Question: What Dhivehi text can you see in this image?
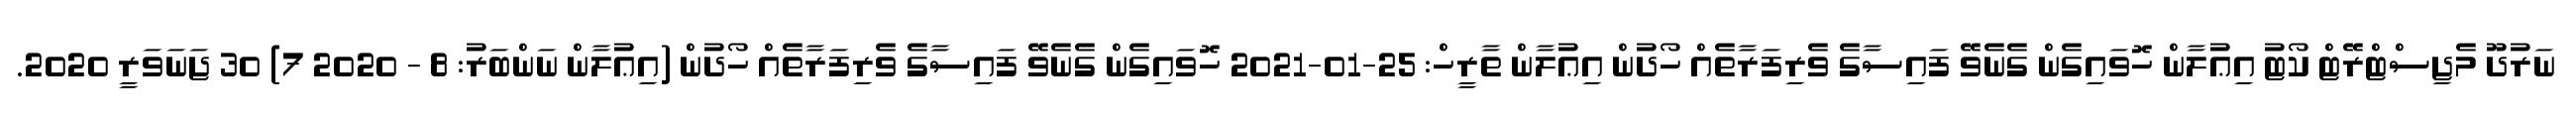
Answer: ނަރުދޫ މެޖިސްޓްރޭޓް ކޯޓު އިޢުލާން ހޮވައިގެން ގެނެވޭ ފައިސާގެ ވެރިފަރާތެއް ހޯދުން އިޢުލާން ތާރީހް: 25-01-2021 ހޮވައިގެން ގެނެވޭ ފައިސާގެ ވެރިފަރާތެއް ހޯދުން (އިޢުލާން ނަންބަރު: 8 - 2020 7) 30 ޖަނަވަރީ 2020.